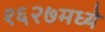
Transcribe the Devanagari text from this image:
१६२७मध्ये